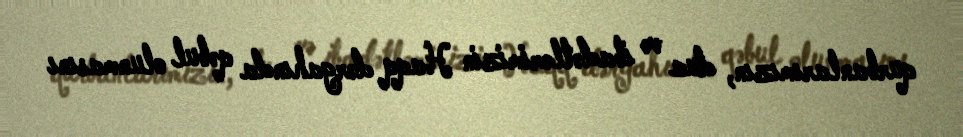
qurbanlarımızın, dua və ibadətlərimizin Haqq dərgahında qəbul olunmasını